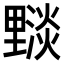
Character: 𨤵